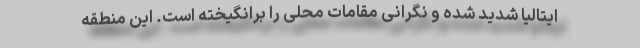
ایتالیا شدید شده و نگرانی مقامات محلی را برانگیخته است. این منطقه